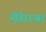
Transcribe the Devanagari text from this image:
नीडेराअर